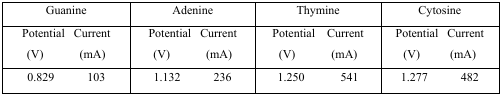
<table><thead><tr><td colspan="2"><b>Guanine</b></td><td colspan="2"><b>Adenine</b></td><td colspan="2"><b>Thymine</b></td><td colspan="2"><b>Cytosine</b></td></tr><tr><td><b>Potential(V)</b></td><td><b>Current(mA)</b></td><td><b>Potential(V)</b></td><td><b>Current(mA)</b></td><td><b>Potential(V)</b></td><td><b>Current(mA)</b></td><td><b>Potential(V)</b></td><td><b>Current(mA)</b></td></tr></thead><tbody><tr><td>0.829</td><td>103</td><td>1.132</td><td>236</td><td>1.250</td><td>541</td><td>1.277</td><td>482</td></tr></tbody></table>